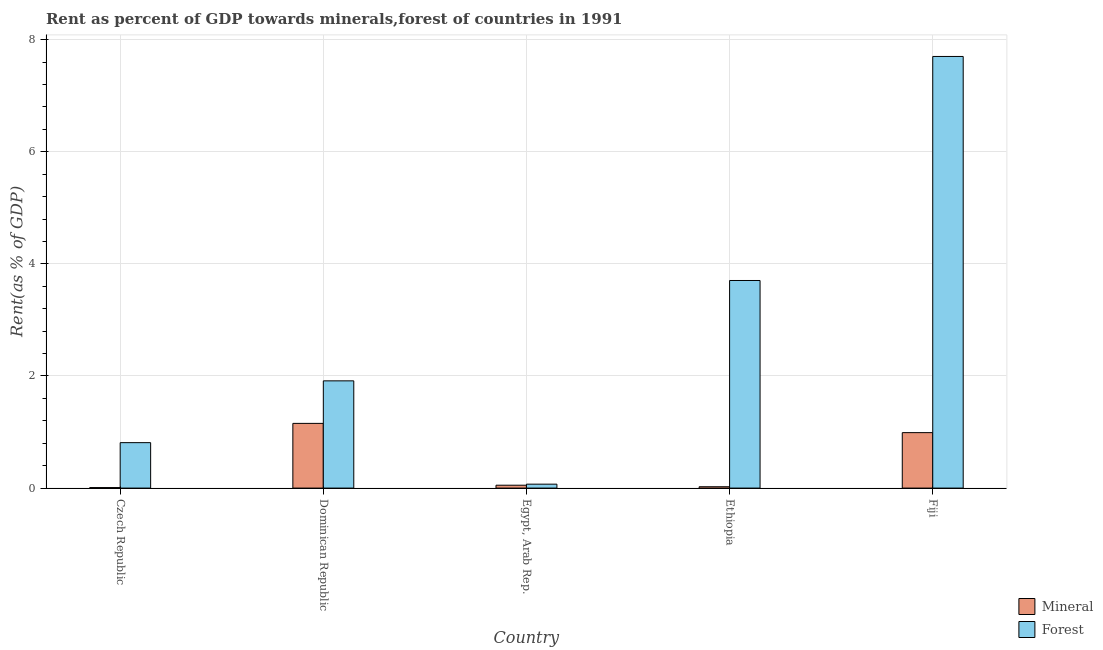
| Country | Mineral | Forest |
 | --- | --- | --- |
 | Czech Republic | 0.00888 | 0.811 |
 | Dominican Republic | 1.15 | 1.91 |
 | Egypt, Arab Rep. | 0.0515 | 0.0701 |
 | Ethiopia | 0.0239 | 3.7 |
 | Fiji | 0.99 | 7.7 |